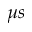
\mu s